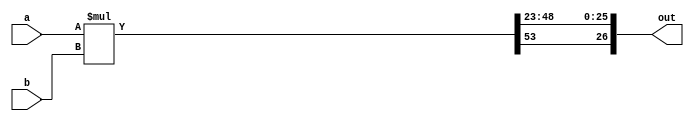
//Mandelbrot Lab 3 Single Iterator Module

//Signed 4.23 multiplier


//Store the top left pixel value and the specified offset based on the number of iterators
//Zooming corresponds to a shift of the offset, panning corresponds to a change of the top left pixel
//VGA Memory is stored such that each row of pixels corresponds to a contiguous block, starting with top row 


module signed_mult (out, a, b);
  output  signed  [26:0]  out;
  input   signed  [26:0]  a;
  input   signed  [26:0]  b;
  // intermediate full bit length
  wire    signed  [53:0]  mult_out;
  assign mult_out = a * b;
  // select bits for 4.23 fixed point
  assign out = {mult_out[53], mult_out[48:23]};
   
endmodule


module mandelbrot_iterator (
	input clk,
	input reset,
	input signed [26:0] ci_init, //Initial complex y value
	input signed [26:0] cr_init, //Initial complex x value
	input signed [26:0] ci_bottom_right, cr_bottom_right, //Edge of screen values in complex space
	input [31:0] x1,y1,x2,y2,x_step,y_step, //Initial screen coordinates, and pixel step (based on # of parallel solvers)
	input start, //Enable coming from arbiter; whether this iterator can produce a new output value
	input [31:0] max_iter, //Maximum number of iterations to determine convergence
	input signed [26:0] ci_incr, cr_incr, //Complex delta values for moving to a new complex pair
	output [31:0] num_iter, //Number of iterations to diverge
	output [9:0]  x_px, y_px, //Output screen pixel pair
	output       done, //Notification that this solver is done (used by arbiter to select among finished solvers)
	output 		 at_end //At end of screen
);
	reg         [3:0]  state;
	reg                done_reg;
	reg         [31:0] iter_counter, num_iter_out_reg, x_px_reg, y_px_reg;
	reg signed  [26:0] zi, zr, zi_next, zr_next, ci_reg, cr_reg; //Local variables for Z value calculation
	wire signed [26:0] zi_2, zr_2, zr_zi, zi_wire, zr_wire;
	wire zi_comp, zr_comp, squared_comp;
	reg at_end_reg;
	
	signed_mult mult1 (.out(zi_2), .a(zi), .b(zi)); //Signed Multipliers used for Z value calculation
	signed_mult mult2 (.out(zr_2), .a(zr), .b(zr));
	signed_mult mult3 (.out(zr_zi), .a(zr), .b(zi));

	assign num_iter = num_iter_out_reg;
	assign done = done_reg;
	assign x_px = x_px_reg;
	assign y_px = y_px_reg;
	
	assign at_end = at_end_reg;
	//assign zi_wire = zi;
	//assign zr_wire = zr;
	
	assign zi_comp = (zi < 0) ? (zi < -27'sh1000000) : (zi > 27'h1000000); //Boolean comparators to determine divergence
	assign zr_comp = (zr < 0) ? (zr < -27'sh1000000) : (zr > 27'h1000000);
	assign squared_comp = (zi_2 + zr_2 > 27'h2000000);
	
	always @ (posedge clk) begin
		if (reset) begin
			zi               <= 0;
			zr               <= 0;
			zi_next          <= 0;
			zr_next          <= 0;
			state            <= 0;
			iter_counter     <= 0;
			done_reg         <= 0;
			num_iter_out_reg <= 0;
			ci_reg           <= ci_init;
			cr_reg           <= cr_init;
			x_px_reg         <= x1;
			y_px_reg         <= y1;
			at_end_reg       <= 0;
			
		end
		
		else begin
			if(~done_reg) begin //Calculate z value, increase iterations
				
				zi_next = (zr_zi <<< 1) + ci_reg;
				zr_next = zr_2 - zi_2 + cr_reg;
				
				zi <= zi_next;
				zr <= zr_next;
				
				if(iter_counter == max_iter || zi_comp || zr_comp || squared_comp) //If we have diverged or hit max iterations
					done_reg <= 1; 
				else
					iter_counter <= iter_counter + 1;
			end
			else if(done_reg) begin //Set up next complex pair 
				if(start && ((x_px_reg + x_step < x2) || (y_px_reg + y_step < y2))) begin //If the iterator is allowed to continue, based on the start input
					num_iter_out_reg <= iter_counter; //Assign output iterations to calculated amount
					iter_counter     <= 0;
					zi               <= 0;
					zr               <= 0;
					zi_next          <= 0;
					zr_next          <= 0;
					done_reg <= 1'b0; //No longer done; go back to z calculation state next

					if((x_px_reg + x_step) < x2) begin //Increment x pixel and real complex value if we are in a row
						cr_reg <= cr_reg + cr_incr;
						x_px_reg <= x_px_reg + x_step;
					end

					else if ((y_px_reg + y_step) < y2) begin //Increment y pixel if we are at end of a row
						ci_reg <= ci_reg - ci_incr;
						cr_reg <= cr_init;
						
						y_px_reg <= y_px_reg + y_step;
						x_px_reg <= x1;
					end
					else begin //If we are at the bottom corner, go back to beginning (first complex pair analyzed)
						ci_reg <= ci_init;
						cr_reg <= cr_init;
						
						x_px_reg <= x1;
						y_px_reg <= y1;
					end
				end
				else if (!((x_px_reg + x_step < x2) || (y_px_reg + y_step < y2))) begin
					at_end_reg <= 1;
				end
			end
		end
	
	end
	
	
endmodule